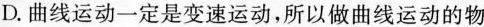
D.曲线运动一定是变速运动，所以做曲线运动的物